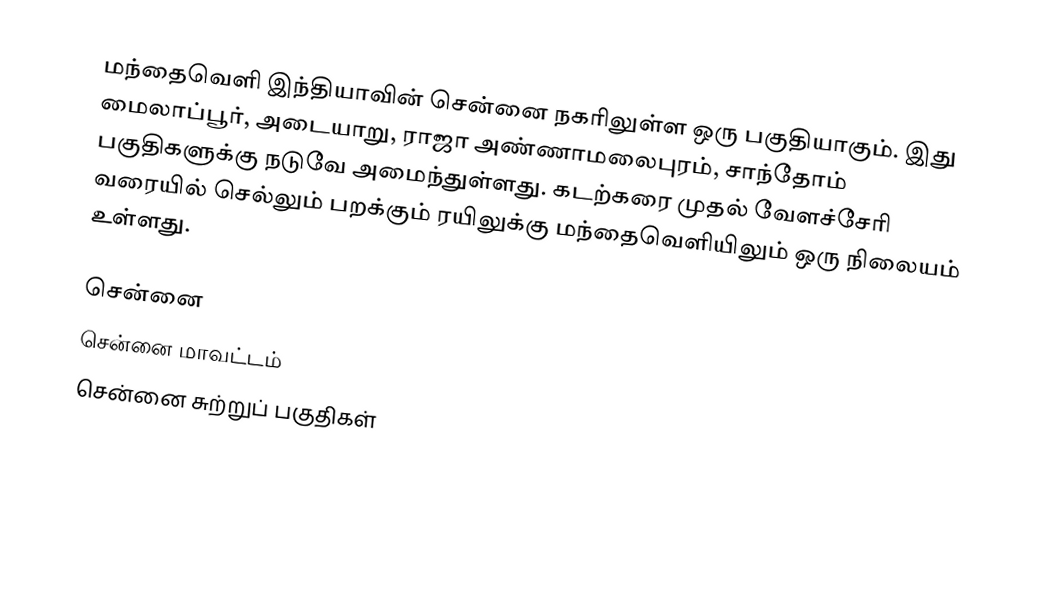
மந்தைவெளி இந்தியாவின் சென்னை நகரிலுள்ள ஒரு பகுதியாகும். இது மைலாப்பூர், அடையாறு, ராஜா அண்ணாமலைபுரம், சாந்தோம் பகுதிகளுக்கு நடுவே அமைந்துள்ளது. கடற்கரை முதல் வேளச்சேரி வரையில் செல்லும் பறக்கும் ரயிலுக்கு மந்தைவெளியிலும் ஒரு நிலையம் உள்ளது.

சென்னை
சென்னை மாவட்டம்
சென்னை சுற்றுப் பகுதிகள்